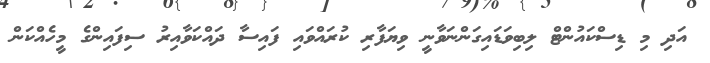
އަދި މި ޑިސްކައުންޓް ލިބިވަޑައިގަންނަވާނީ ވިޔަފާރި ކުރައްވައި ފައިސާ ދައްކަވާއިރު ސިފައިންގެ މީހެއްކަން